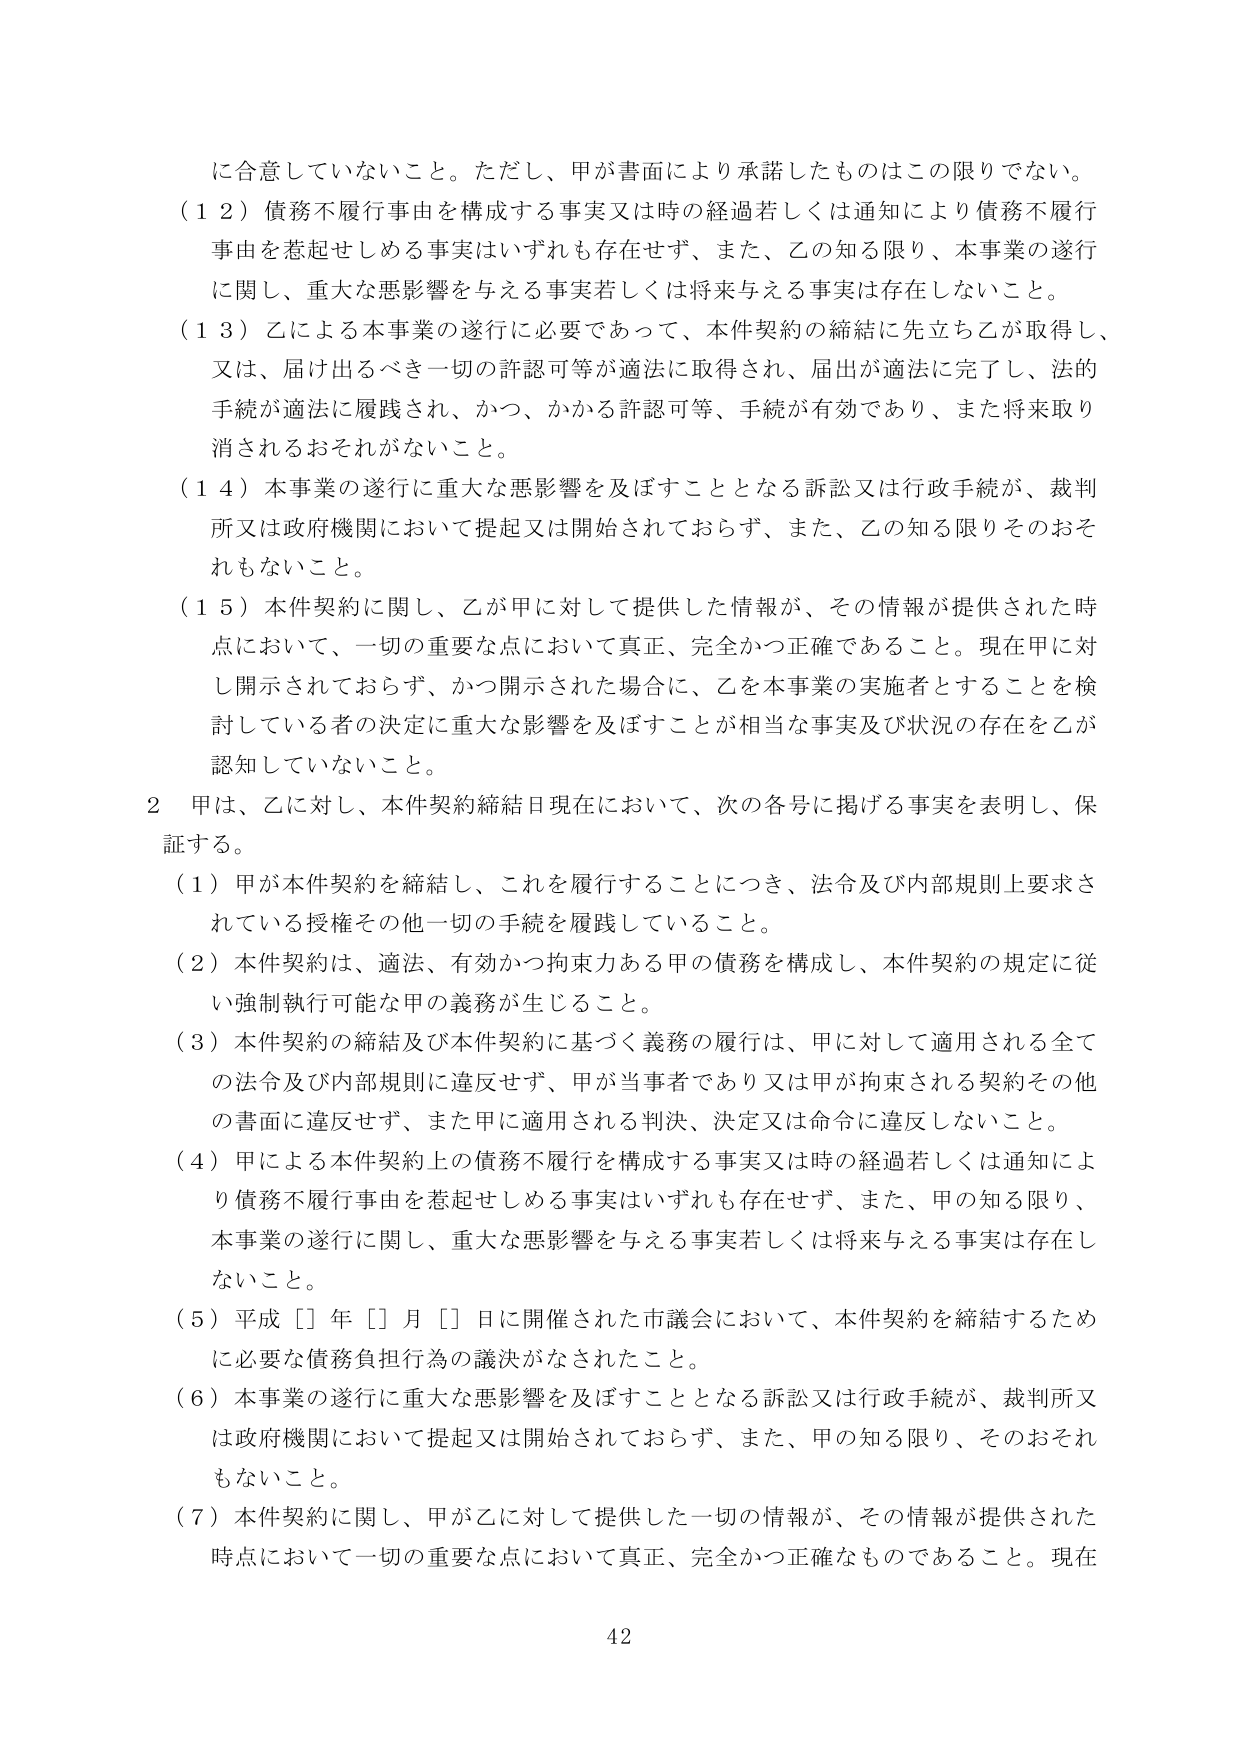
に合意していないこと。ただし、甲が書面により承諾したものはこの限りでない。

（１２）債務不履行事由を構成する事実又は時の経過若しくは通知により債務不履行事由を惹起せしめる事実はいずれも存在せず、また、乙の知る限り、本事業の遂行に関し、重大な悪影響を与える事実若しくは将来与える事実は存在しないこと。

（１３）乙による本事業の遂行に必要であって、本件契約の締結に先立ち乙が取得し、又は、届け出るべき一切の許認可等が適法に取得され、届出が適法に完了し、法的手続が適法に履践され、かつ、かかる許認可等、手続が有効であり、また将来取り消されるおそれがないこと。

（１４）本事業の遂行に重大な悪影響を及ぼすこととなる訴訟又は行政手続が、裁判所又は政府機関において提起又は開始されておらず、また、乙の知る限りそのおそれもないこと。

（１５）本件契約に関し、乙が甲に対して提供した情報が、その情報が提供された時点において、一切の重要な点において真正、完全かつ正確であること。現在甲に対し開示されておらず、かつ開示された場合に、乙を本事業の実施者とすることを検討している者の決定に重大な影響を及ぼすことが相当な事実及び状況の存在を乙が認知していないこと。

２ 甲は、乙に対し、本件契約締結日現在において、次の各号に掲げる事実を表明し、保証する。

（１）甲が本件契約を締結し、これを履行することにつき、法令及び内部規則上要求されている授権その他一切の手続を履践していること。

（２）本件契約は、適法、有効かつ拘束力ある甲の債務を構成し、本件契約の規定に従い強制執行可能な甲の義務が生じること。

（３）本件契約の締結及び本件契約に基づく義務の履行は、甲に対して適用される全ての法令及び内部規則に違反せず、甲が当事者であり又は甲が拘束される契約その他の書面に違反せず、また甲に適用される判決、決定又は命令に違反しないこと。

（４）甲による本件契約上の債務不履行を構成する事実又は時の経過若しくは通知により債務不履行事由を惹起せしめる事実はいずれも存在せず、また、甲の知る限り、本事業の遂行に関し、重大な悪影響を与える事実若しくは将来与える事実は存在しないこと。

（５）平成［］年［］月［］日に開催された市議会において、本件契約を締結するために必要な債務負担行為の議決がなされたこと。

（６）本事業の遂行に重大な悪影響を及ぼすこととなる訴訟又は行政手続が、裁判所又は政府機関において提起又は開始されておらず、また、甲の知る限り、そのおそれもないこと。

（７）本件契約に関し、甲が乙に対して提供した一切の情報が、その情報が提供された時点において一切の重要な点において真正、完全かつ正確なものであること。現在

42